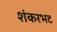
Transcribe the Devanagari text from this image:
शंकरभट